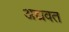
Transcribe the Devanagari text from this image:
अद्यवत